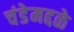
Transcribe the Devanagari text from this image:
चंडेमद्दळे